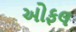
ઓફલ